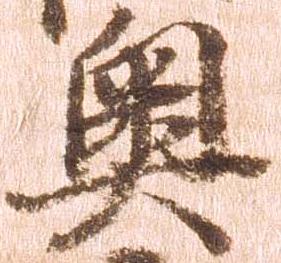
奥